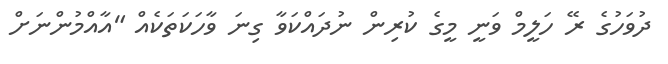
ދުވަހުގެ ރޭ ހަލީމް ވަނީ މީގެ ކުރިން ނުދައްކަވާ ގިނަ ވާހަކަތަކެއް "އާއްމުންނަށް